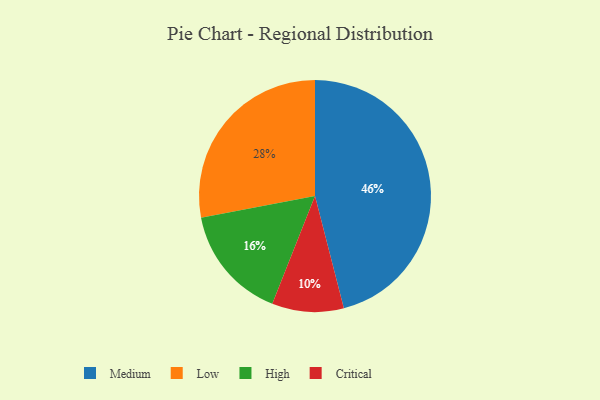
{"axis": {"x": "Category", "y": "Percentage"}, "legend": ["Critical", "High", "Low", "Medium"], "data": [{"x": "Low", "y": 28, "type": "Low"}, {"x": "Medium", "y": 46, "type": "Medium"}, {"x": "Critical", "y": 10, "type": "Critical"}, {"x": "High", "y": 16, "type": "High"}]}